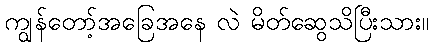
ကျွန်တော့်အခြေအနေ လဲ မိတ်ဆွေသိပြီးသား။